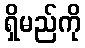
ရှိမည်ကို